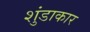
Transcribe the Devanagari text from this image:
शुंडाकार